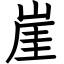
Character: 崖